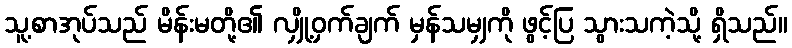
သူ့စာအုပ်သည် မိန်းမတို့၏ လျှို့ဝှက်ချက် မှန်သမျှကို ဖွင့်ပြ သွားသကဲ့သို့ ရှိသည်။